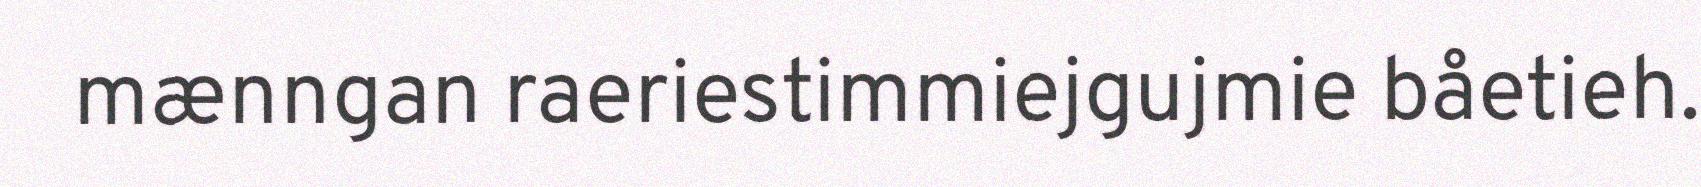
mænngan raeriestimmiejgujmie båetieh.